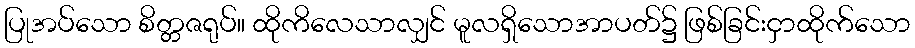
ပြုအပ်သော စိတ္တဇရုပ်။ ထိုကိလေသာလျှင် မူလရှိသောအာပတ်၌ ဖြစ်ခြင်းငှာထိုက်သော